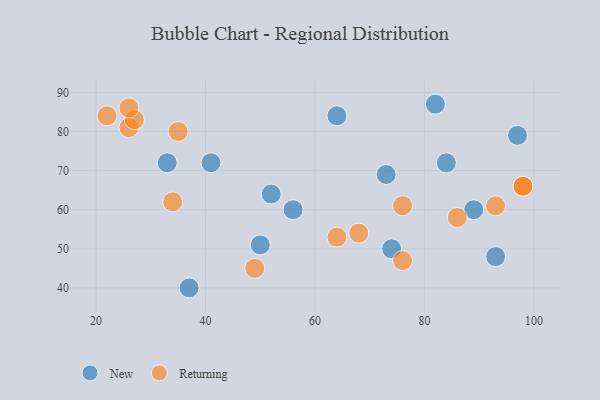
{"axis": {"x": "GDP", "y": "Life Expectancy"}, "legend": ["New", "Returning"], "data": [{"x": "82", "y": 87, "type": "New"}, {"x": "37", "y": 40, "type": "New"}, {"x": "41", "y": 72, "type": "New"}, {"x": "97", "y": 79, "type": "New"}, {"x": "52", "y": 64, "type": "New"}, {"x": "50", "y": 51, "type": "New"}, {"x": "64", "y": 84, "type": "New"}, {"x": "56", "y": 60, "type": "New"}, {"x": "74", "y": 50, "type": "New"}, {"x": "93", "y": 48, "type": "New"}, {"x": "89", "y": 60, "type": "New"}, {"x": "33", "y": 72, "type": "New"}, {"x": "84", "y": 72, "type": "New"}, {"x": "73", "y": 69, "type": "New"}, {"x": "76", "y": 61, "type": "Returning"}, {"x": "86", "y": 58, "type": "Returning"}, {"x": "93", "y": 61, "type": "Returning"}, {"x": "98", "y": 66, "type": "Returning"}, {"x": "26", "y": 81, "type": "Returning"}, {"x": "98", "y": 66, "type": "Returning"}, {"x": "34", "y": 62, "type": "Returning"}, {"x": "49", "y": 45, "type": "Returning"}, {"x": "76", "y": 47, "type": "Returning"}, {"x": "27", "y": 83, "type": "Returning"}, {"x": "35", "y": 80, "type": "Returning"}, {"x": "26", "y": 86, "type": "Returning"}, {"x": "68", "y": 54, "type": "Returning"}, {"x": "22", "y": 84, "type": "Returning"}, {"x": "64", "y": 53, "type": "Returning"}]}